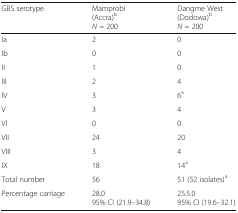
<table><thead><tr><td><b>GBS serotype</b></td><td><b>Mamprobi (Accra)<sup>b</sup><i>N</i> = 200</b></td><td><b>Dangme West (Dodowa)<sup>b</sup><i>N</i> = 200</b></td></tr></thead><tbody><tr><td>Ia</td><td>2</td><td>0</td></tr><tr><td>Ib</td><td>0</td><td>0</td></tr><tr><td>II</td><td>1</td><td>0</td></tr><tr><td>III</td><td>2</td><td>4</td></tr><tr><td>IV</td><td>3</td><td>6<sup>a</sup></td></tr><tr><td>V</td><td>3</td><td>4</td></tr><tr><td>VI</td><td>0</td><td>0</td></tr><tr><td>VII</td><td>24</td><td>20</td></tr><tr><td>VIII</td><td>3</td><td>4</td></tr><tr><td>IX</td><td>18</td><td>14<sup>a</sup></td></tr><tr><td>Total number</td><td>56</td><td>51 (52 isolates)<sup>a</sup></td></tr><tr><td>Percentage carriage</td><td>28.095% CI (21.9–34.8)</td><td>25.5.095% CI (19.6–32.1)</td></tr></tbody></table>